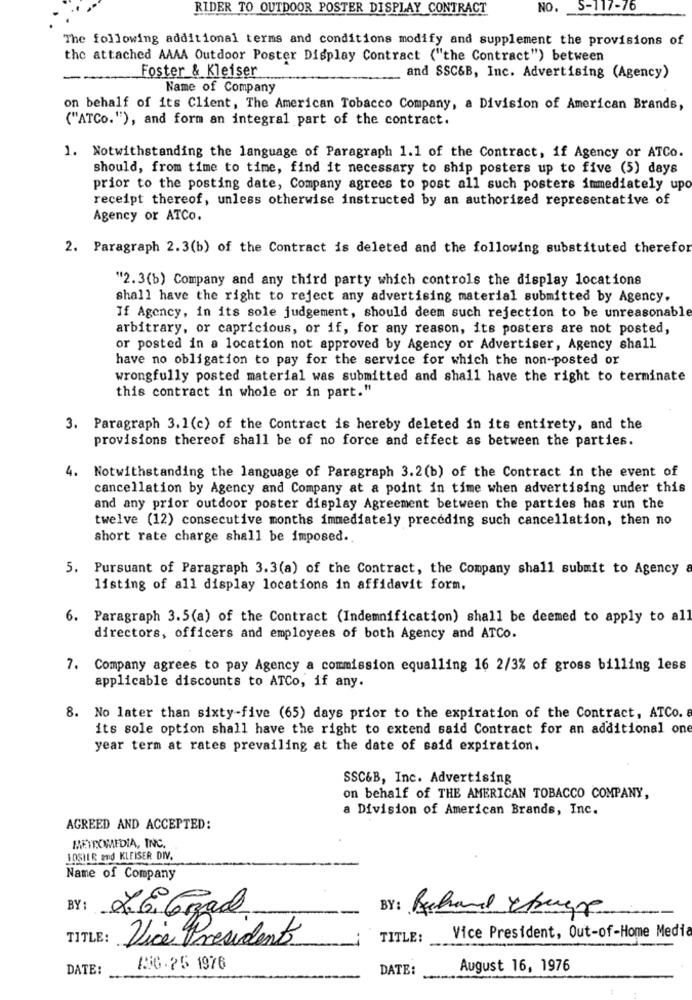
RIDER TO OUTDOOR POSTER DISPLAY CONTRACT
NO. 5-117-76
The following additional terms and conditions modify and supplement the provisions of
the attached AAAA Outdoor Poster Display Contract ("the Contract") between
Foster & Kleiser
and SSC&B, Inc. Advertising (Agency)
Name of Company
on behalf of its Client, The American Tobacco Company, a Division of American Brands,
("ATCo."), and form an integral part of the contract.
1. Notwithstanding the language of Paragraph 1.1 of the Contract, if Agency or ATCo.
should, from time to time, find it necessary to ship posters up to five (5) days
prior to the posting date, Company agrees to post all such posters immediately upo
receipt thereof, unless otherwise instructed by an authorized representative of
Agency or ATCo.
2. Paragraph 2.3(b) of the Contract is deleted and the following substituted therefor
"2.3(b) Company and any third party which controls the display locations
shall have the right to reject any advertising material submitted by Agency.
If Agency, in its sole judgement, should deem such rejection to be unreasonable
arbitrary, or capricious, or if, for any reason, its posters are not posted,
or posted in a location not approved by Agency or Advertiser, Agency shall
have no obligation to pay for the service for which the non-posted or
wrongfully posted material was submitted and shall have the right to terminate
this contract in whole or in part."
3. Paragraph 3.1(c) of the Contract is hereby deleted in its entirety, and the
provisions thereof shall be of no force and effect as between the parties.
4. Notwithstanding the language of Paragraph 3.2(b) of the Contract in the event of
cancellation by Agency and Company at a point in time when advertising under this
and any prior outdoor poster display Agreement between the parties has run the
twelve (12) consecutive months immediately preceding such cancellation, then no
short rate charge shall be imposed ..
5. Pursuant of Paragraph 3.3(a) of the Contract, the Company shall submit to Agency
listing of all display locations in affidavit form.
6. Paragraph 3.5(a) of the Contract (Indemnification) shall be deemed to apply to all
directors, officers and employees of both Agency and ATCo.
7. Company agrees to pay Agency a commission equalling 16 2/3% of gross billing less
applicable discounts to ATCo, if any.
8. No later than sixty-five (65) days prior to the expiration of the Contract, ATCo. a
its sole option shall have the right to extend said Contract for an additional one
year term at rates prevailing at the date of said expiration.
SSC&B, Inc. Advertising
on behalf of THE AMERICAN TOBACCO COMPANY,
a Division of American Brands, Inc.
AGREED AND ACCEPTED:
METEOMEDIA, INC.
LOSHER End KLEISER DIV.
Name of Company
BY:
X.G. Ggad
BY: Richard Change
TITLE:
Vice Presidento
TITLE:
Vice President, Out-of-Home Media
DATE:
136.25 1976
DATE:
August 16, 1976